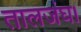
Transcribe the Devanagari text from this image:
तालजंघ।